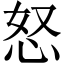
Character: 怒